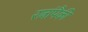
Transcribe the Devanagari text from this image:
रत्नांपैकी